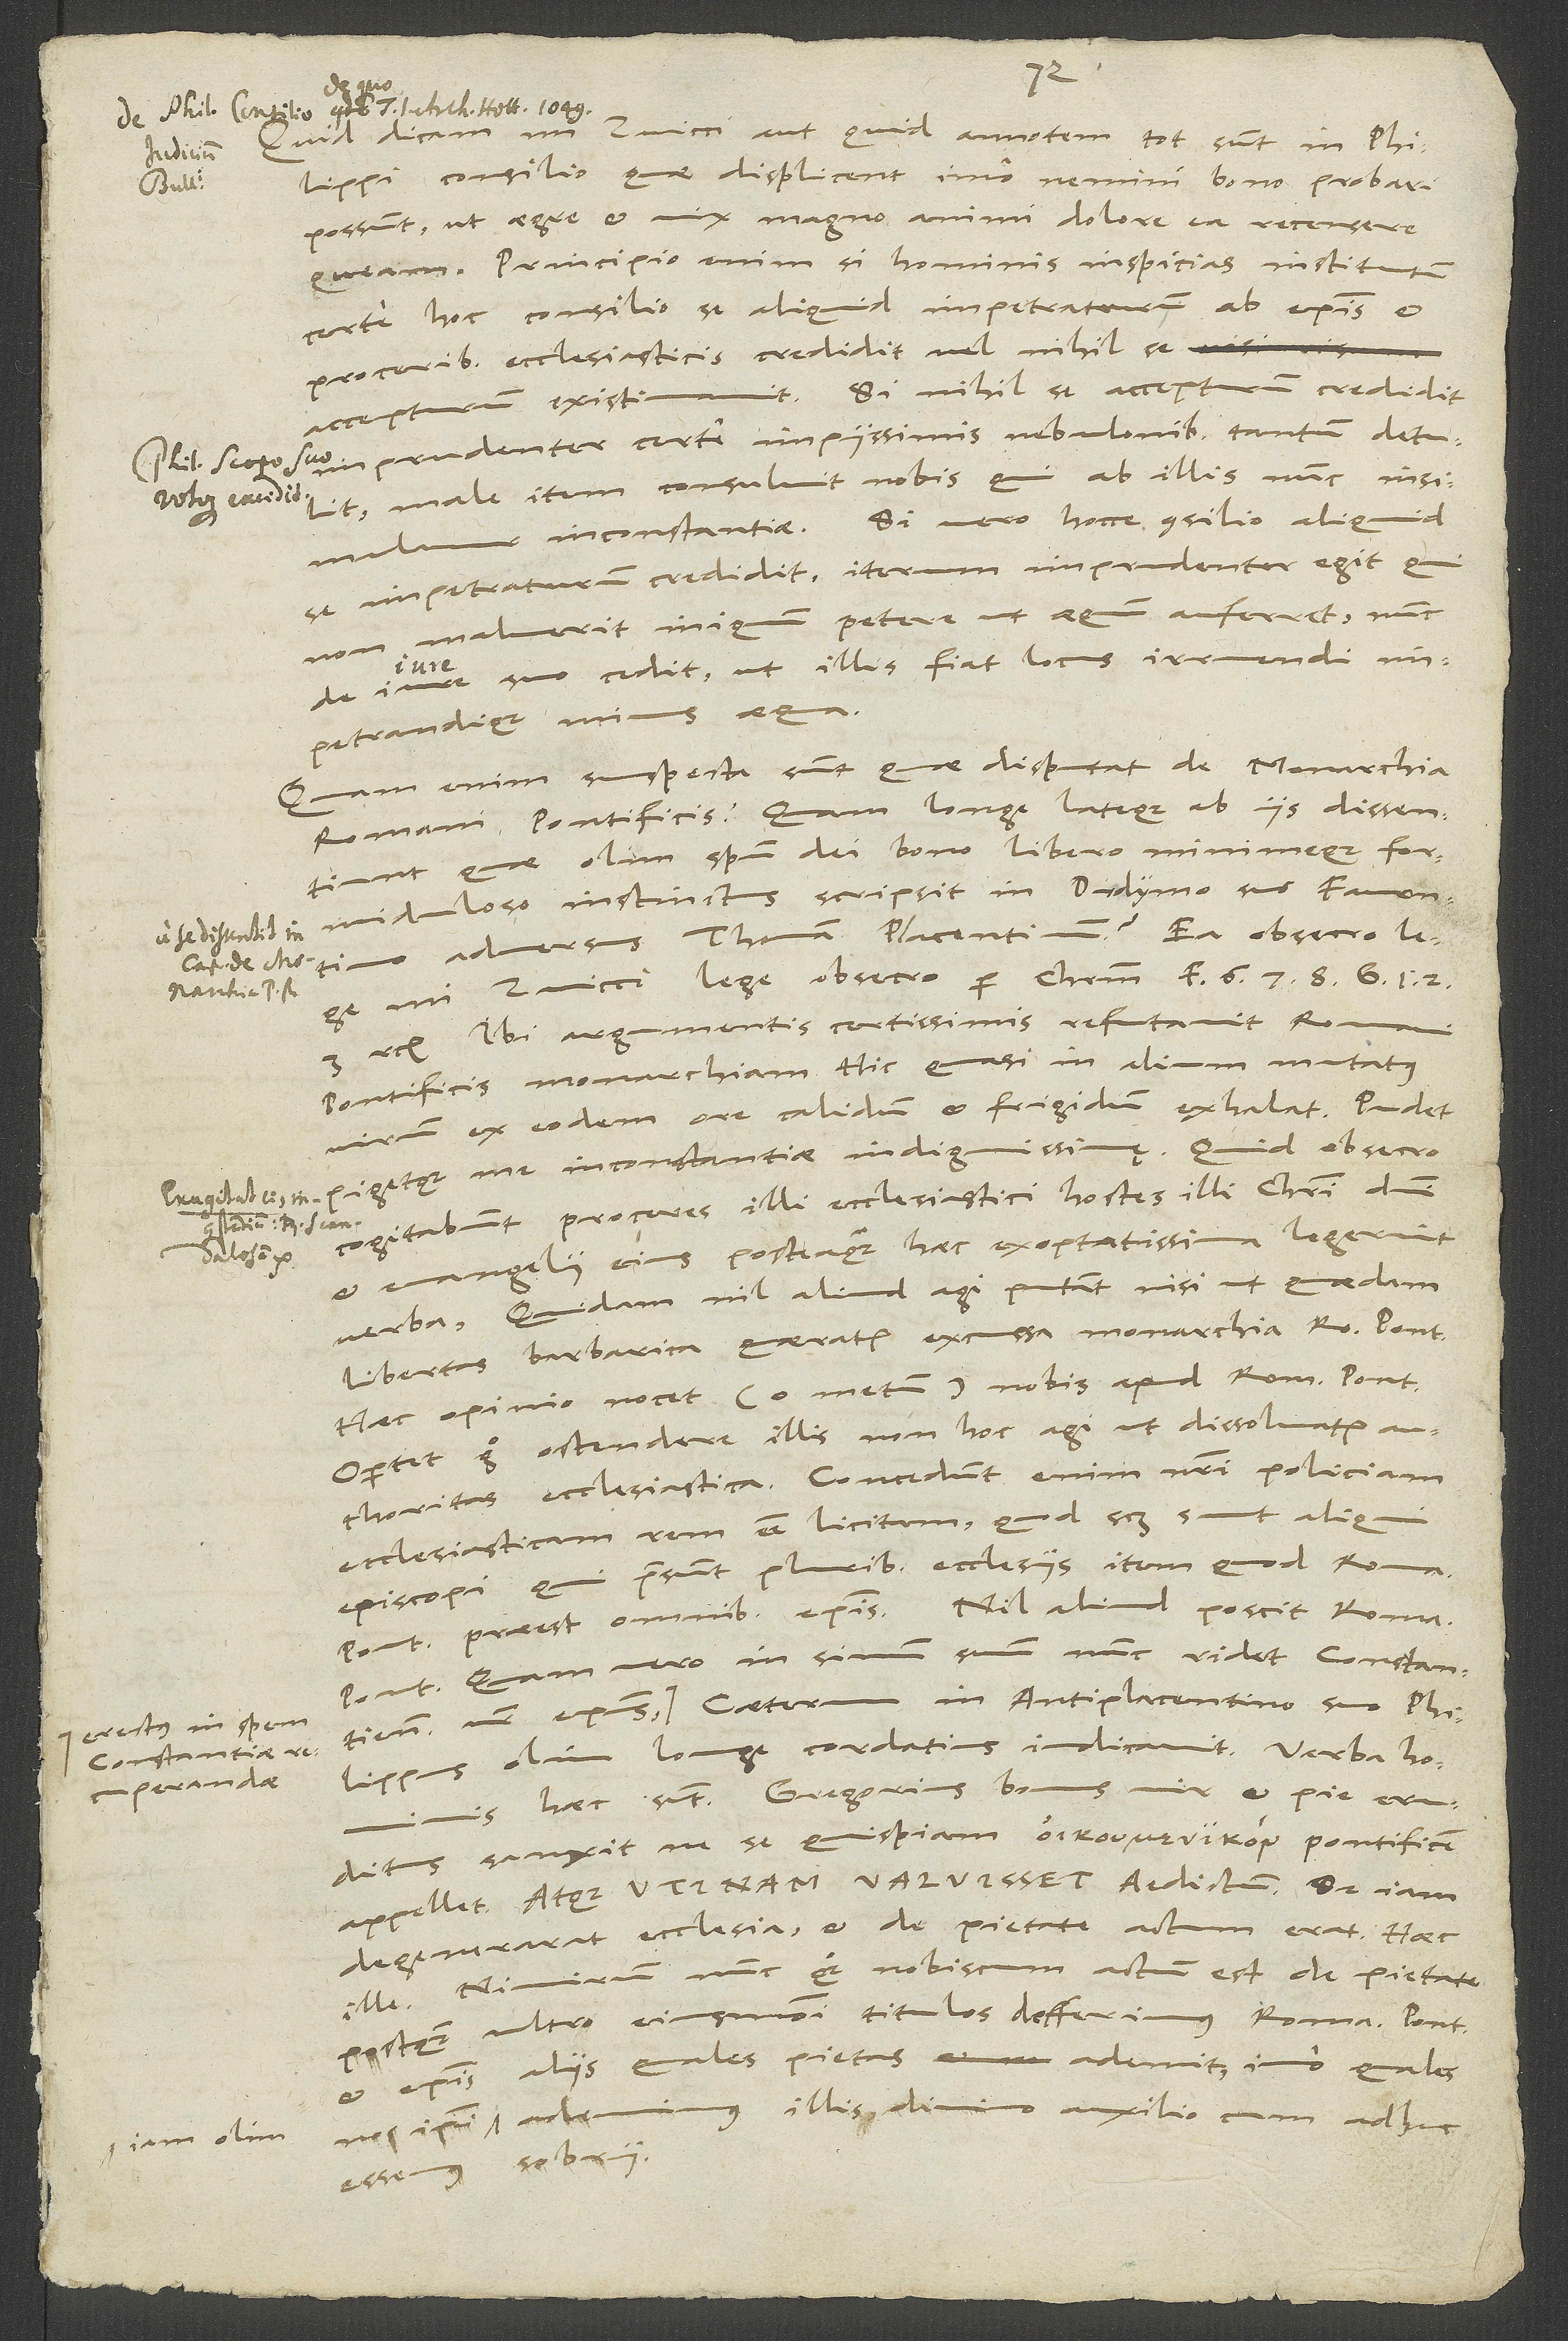
Quid dicam, mi Zviccio, aut quid annotem, tot sunt in Philippi
iuditium
consilio, quae displicent, imo nemini bono probari
possunt, ut aegre et vix magno animi dolore ea recensere
queam. Principio enim si hominis inspicias institutum,
certe hoc consilio se aliquid impetraturum ab episcopis et
proceribus ecclesiasticis credidit vel nihil se
Si nihil se accepturum credidit,
accepturum existimavit.
imprudenter certe impiissimis nebulonibus tantum detulit,
male item consuluit nobis, qui ab illis nunc insimulamur
inconstantiae. Si vero hocce consilio aliquid
se impetraturum credidit, iterum imprudenter egit, qui
non maluerit iniquum petere, ut aequum auferret, nunc
1535.
de iure suo cedit, ut illis fiat locus irruendi
impetrandique minus aequa.
Quam enim suspecta sunt, quae disputat de monarchia
Romani pontificis! Quam longe lateque ab iis dissentiunt,
quae olim spiritu dei bono, libero minimeque formiduloso
adversus Thomam Placentinum! Ea, obsecro, lege,
mi Zviccio, lege, obsecro per Christum, F6, 7, 8, G1,
etc. Ibi argumentis certissimis refutavit Romani
pontificis monarchiam. Hic quasi in alium mutatus
virum ex eodem ore calidum et frigidum exhalat. Pudet
pigetque me inconstantiae indignissimę. Quid, obsecro,
cogitabunt proceres illi ecclesiastici, hostes illi Christi domini
et evangelii eius, posteaquam haec exoptatissima legerint
verba: "Quidam nil aliud agi putant, nisi ut quaedam
libertas barbarica quaeratur excussa monarchia Romani pontificis.
Haec opinio nocet" - o metum - "nobis apud Romanum pontificem.
Oportet ergo ostendere illis non hoc agi, ut dissolvatur
authoritas ecclesiastica. Concedunt enim nostri policiam
ecclesiasticam rem esse licitam, quod scilicet sunt aliqui
episcopi, qui praesunt pluribus ecclesiis, item quod Romanus
pontifex praeest omnibus episcopis." Nil aliud poscit Romanus
pontifex. Quam vero in sinum suum nunc ridet Constantiensis
erectus in spem
Philippus olim longe cordatius iudicavit. Verba hominis
Constantiae
recuperandae!
haec sunt: "Gregorius, bonus vir et pie eruditus,
sanxit, ne se quispiam pontificem
appellet. Atque utinam valuisset aedictum! Sed iam
degenerarat ecclesia et de pietate actum erat." Haec
ille. Nimirum nunc quoque nobiscum actum est de pietate,
postquam ultro eiusmodi titulos defferimus Romano pontifici
et episcopis aliis, quales pietas ademit, imo quales
ademimus illis divino auxilio, cum adhuc
iam olim
essemus sobrii.